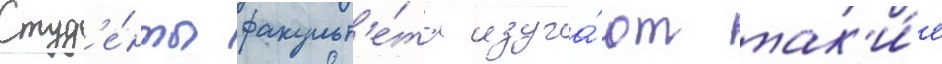
Студ'е́нты факульт'е́та изуча́ют так'и́е